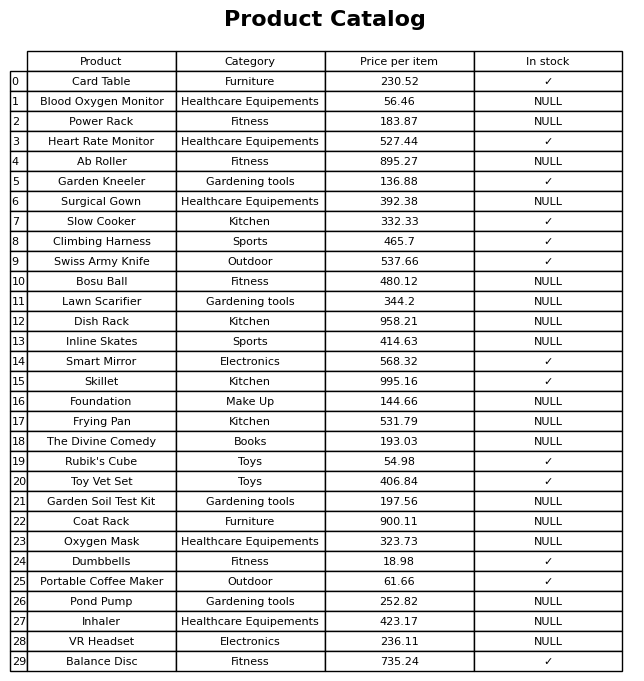
question: Which products are currently out of stock?
answer: Blood Oxygen Monitor, Power Rack, Ab Roller, Surgical Gown, Bosu Ball, Lawn Scarifier, Dish Rack, Inline Skates, Foundation, Frying Pan, The Divine Comedy, Garden Soil Test Kit, Coat Rack, Oxygen Mask, Pond Pump, Inhaler, VR Headset